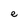
Character: e